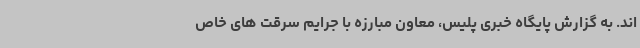
اند. به گزارش پایگاه خبری پلیس، معاون مبارزه با جرایم سرقت های خاص